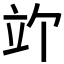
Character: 𫁞